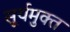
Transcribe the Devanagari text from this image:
सूर्यमुक्त